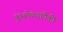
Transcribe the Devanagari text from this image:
कुंभमेळ्यांपैकी